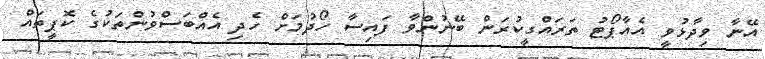
އޭނާ ވިދާޅުވީ އެއާޕޯޓު ތަރައްގީކުރަން ބޭނުންވާ ފައިސާ ހޯދުމަށް ހެދި އެއްބަސްވުންތަކުގެ ކޮޕީތައް